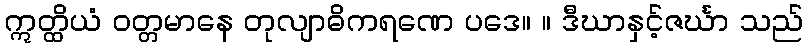
ဣတ္ထိယံ ဝတ္တမာနေ တုလျာဓိကရဏေ ပဒေ။ ။ ဒီဃာနှင့်ဇင်္ဃာ သည်